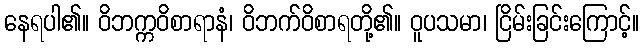
နေရပါ၏။ ဝိဘက္ကဝိစာရာနံ၊ ဝိဘက်ဝိစာရတို့၏။ ဝူပသမာ၊ ငြိမ်းခြင်းကြောင့်။